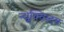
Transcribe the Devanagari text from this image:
न्यूक्विस्ट्स